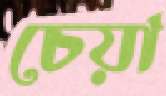
চেয়া